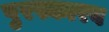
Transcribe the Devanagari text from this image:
पुरस्कारव